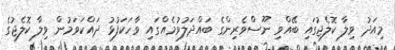
މިއަދު ވިލާ ކޮލެޖުގައި ބޭއްވި ނޫސްވެރިންގެ ބައްދަލުވުމެއްގައި ވާހަކަފުޅު ދައްކަވަމުން ވިލާ ކޮލެޖުގެ